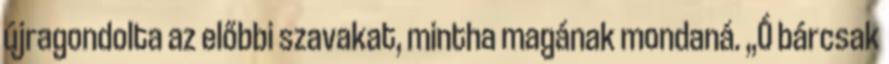
újragondolta az előbbi szavakat, mintha magának mondaná. „Ó bárcsak